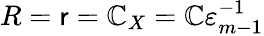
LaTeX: R=\mathsf{r}=\mathbb{C}_{X}=\mathbb{C}\varepsilon_{m-1}^{-1}